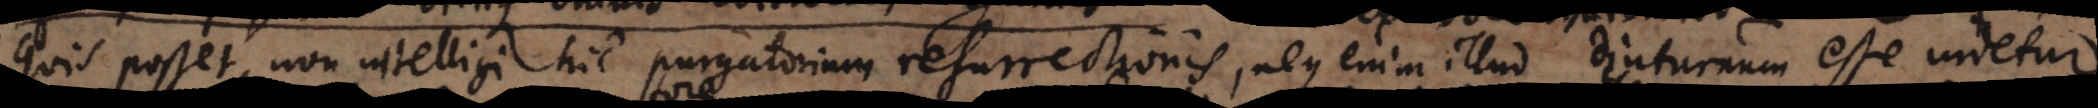
quis posset, non intelligi hic purgatorium resurrectionis, neque enim illud diuturnum esse videtur,